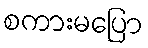
စကားမပြော